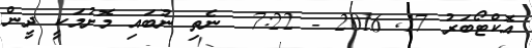
އޮކްޓޯބަރު 17